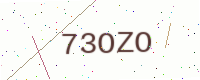
Text: 73OZO